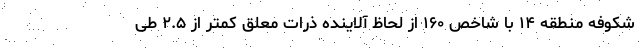
شکوفه منطقه ۱۴ با شاخص ۱۶۰ از لحاظ آلاینده ذرات معلق کمتر از ۲.۵ طی